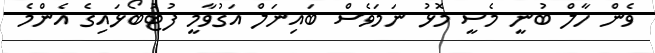
ވެން ހާލް ބުނީ މެސީ މޮޅު ނަމަވެސް ބައިނަލް އަގުވާމީ ފުޓުބޯޅައިގެ އެންމެ